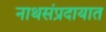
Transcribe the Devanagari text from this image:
नाथसंप्रदायात